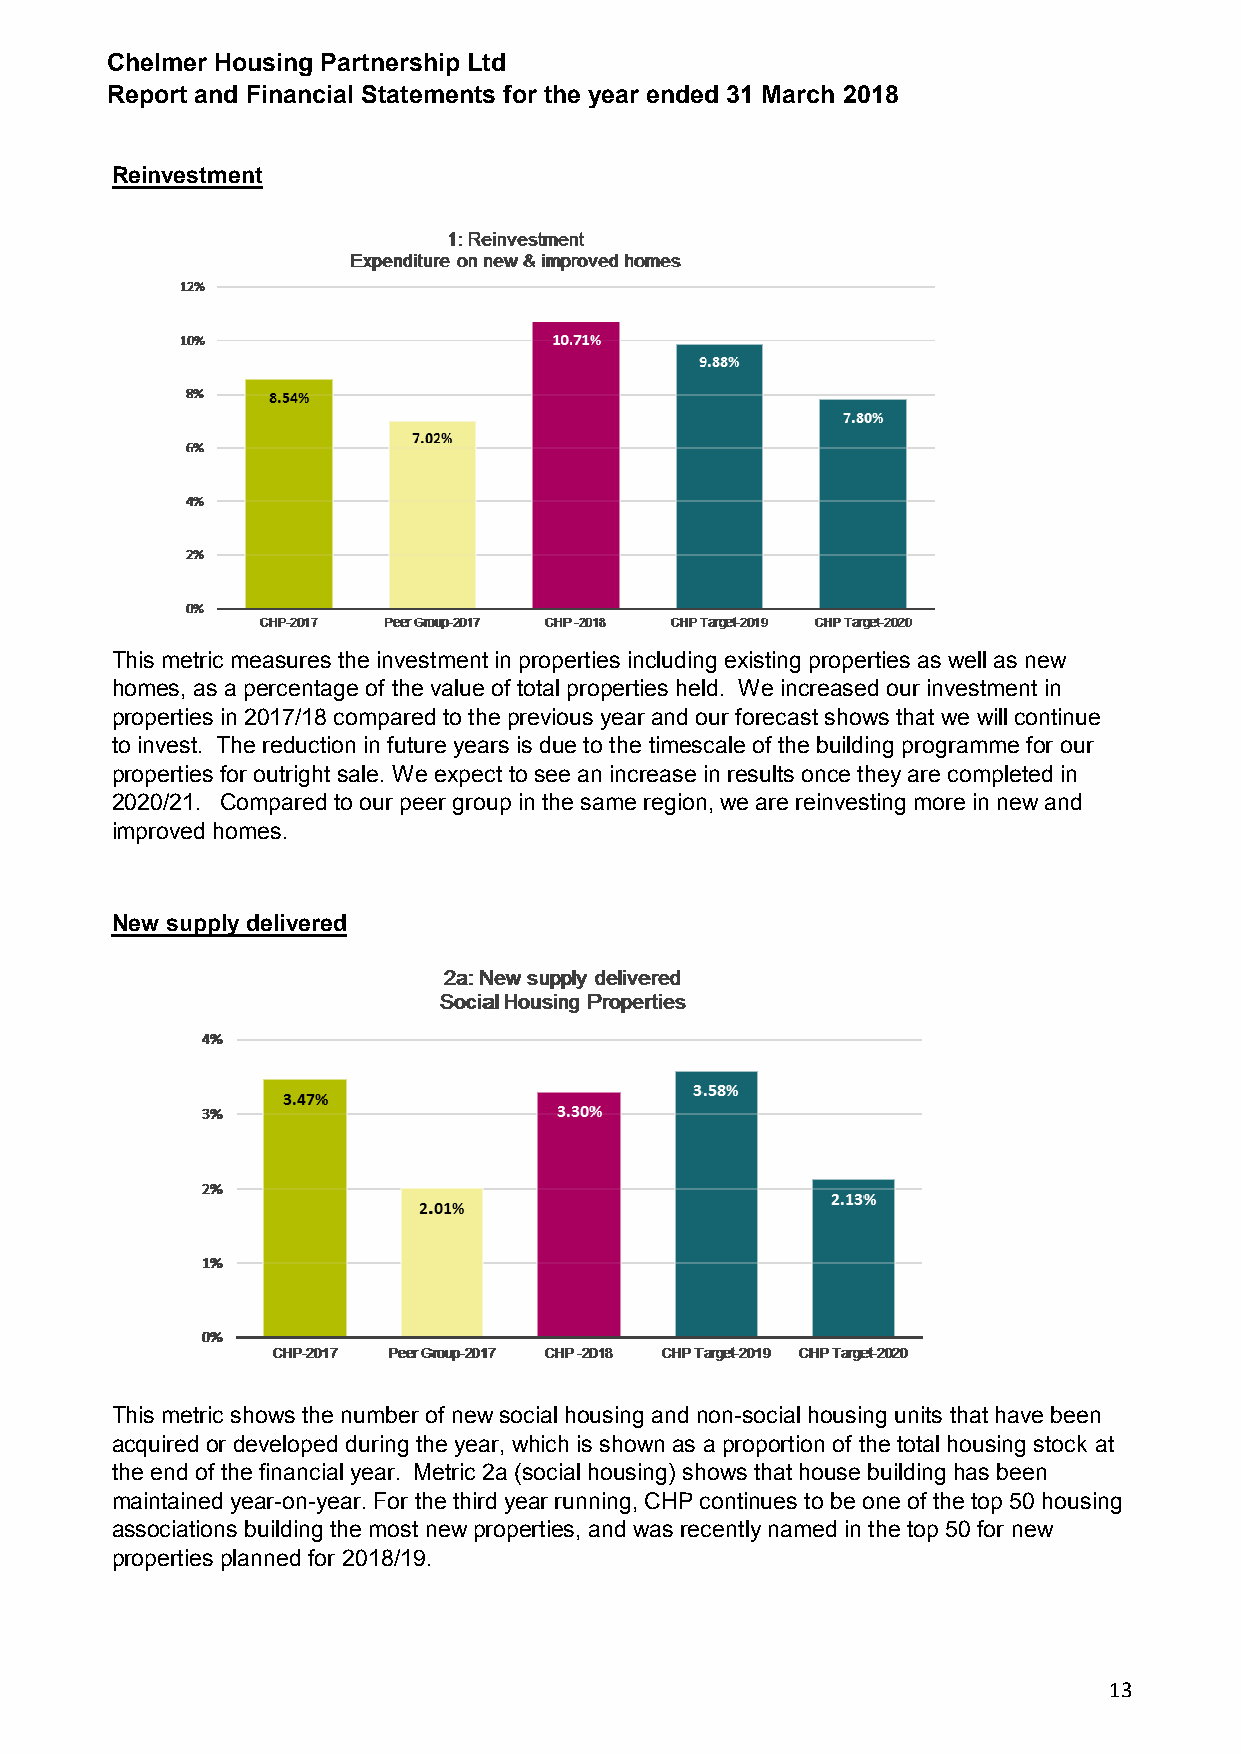
Chelmer Housing Partnership Ltd
 Report and Financial Statements for the year ended 31 March 2018
 Reinvestment
 This metric measures the investment in properties including existing properties as well as new
 homes, as a percentage of the value of total properties held. We increased our investment in
 properties in 2017/18 compared to the previous year and our forecast shows that we will continue
 to invest. The reduction in future years is due to the timescale of the building programme for our
 properties for outright sale. We expect to see an increase in results once they are completed in
 2020/21. Compared to our peer group in the same region, we are reinvesting more in new and
 improved homes.
 New supply delivered
 This metric shows the number of new social housing and non-social housing units that have been
 acquired or developed during the year, which is shown as a proportion of the total housing stock at
 the end of the financial year. Metric 2a (social housing) shows that house building has been
 maintained year-on-year. For the third year running, CHP continues to be one of the top 50 housing
 associations building the most new properties, and was recently named in the top 50 for new
 properties planned for 2018/19.
 13